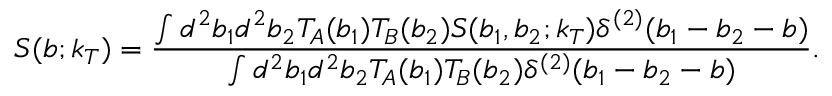
S ( b ; k _ { T } ) = \frac { \int d ^ { 2 } b _ { 1 } d ^ { 2 } b _ { 2 } T _ { A } ( b _ { 1 } ) T _ { B } ( b _ { 2 } ) S ( b _ { 1 } , b _ { 2 } ; k _ { T } ) \delta ^ { ( 2 ) } ( b _ { 1 } - b _ { 2 } - b ) } { \int d ^ { 2 } b _ { 1 } d ^ { 2 } b _ { 2 } T _ { A } ( b _ { 1 } ) T _ { B } ( b _ { 2 } ) \delta ^ { ( 2 ) } ( b _ { 1 } - b _ { 2 } - b ) } .